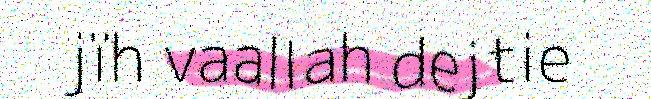
jïh vaallah dejtie